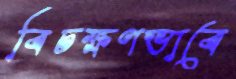
বিচক্ষণভাবে